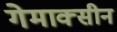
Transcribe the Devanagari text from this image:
गेमाक्सीन